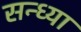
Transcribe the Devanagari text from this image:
सन्‍ध्‍या